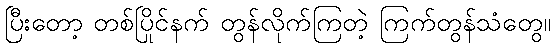
ပြီးတော့ တစ်ပြိုင်နက် တွန်လိုက်ကြတဲ့ ကြက်တွန်သံတွေ။